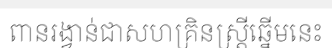
ពានរង្វាន់ជាសហគ្រិនស្ត្រីឆ្នើមនេះ